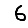
Digit: 6